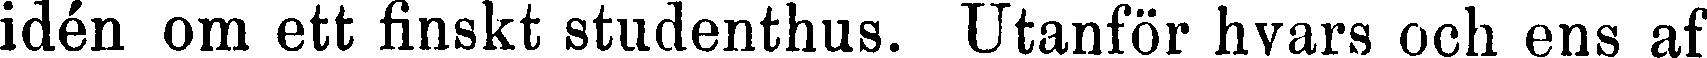
idén om ett finskt studenthus. Utanför hvars och ens af